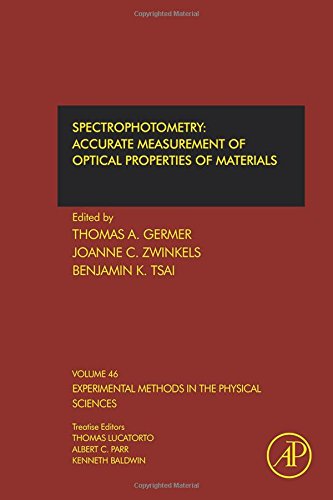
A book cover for Spectrophotometry, Volume 46: Accurate Measurement of Optical Properties of Materials (Experimental Methods in the Physical Sciences); Science & Math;